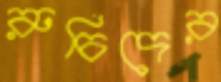
রুচিদের